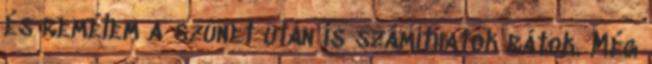
és remélem a szünet után is számíthatok rátok. Még